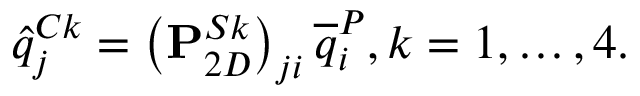
\hat { q } _ { j } ^ { C k } = \left( \mathbf { P } _ { 2 D } ^ { S k } \right) _ { j i } \overline { { q } } _ { i } ^ { P } , k = 1 , \ldots , 4 .